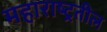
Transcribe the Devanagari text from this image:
महाराष्ट्रतील